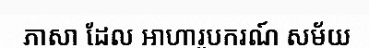
ភាសា ដែល អាហារូបករណ៍ សម័យ